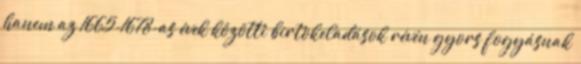
hanem az 1665-1678-as évek közötti birtokeladások révén gyors fogyásnak